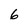
Character: 6